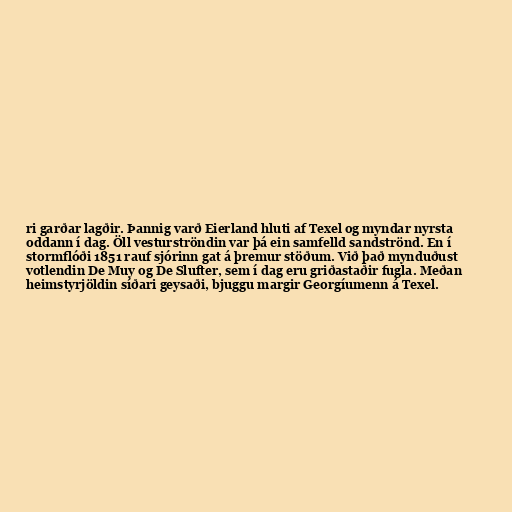
ri garðar lagðir. Þannig varð Eierland hluti af Texel og myndar nyrsta
oddann í dag. Öll vesturströndin var þá ein samfelld sandströnd. En í
stormflóði 1851 rauf sjórinn gat á þremur stöðum. Við það mynduðust
votlendin De Muy og De Slufter, sem í dag eru griðastaðir fugla. Meðan
heimstyrjöldin síðari geysaði, bjuggu margir Georgíumenn á Texel.